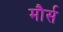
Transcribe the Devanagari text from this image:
मौर्स